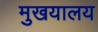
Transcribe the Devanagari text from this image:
मुखयालय